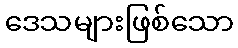
ဒေသများဖြစ်သော